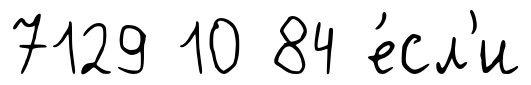
7129 10 84 е́сл'и